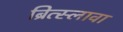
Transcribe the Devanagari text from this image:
ब्रित्स्लावा